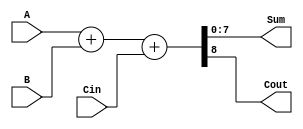
`timescale 1ns / 1ps
//////////////////////////////////////////////////////////////////////////////////
// Company: 
// Engineer: 
// 
// Design Name: 
// Module Name: Adder_8
// Project Name: 
// Target Devices: 
// Tool Versions: 
// Description: 
// 
// Dependencies: 
// 
// Revision:
// Revision 0.01 - File Created
// Additional Comments:
// 
//////////////////////////////////////////////////////////////////////////////////


module Adder_8(
    input [7:0] A,
    input [7:0] B,
    input Cin,
    output [7:0] Sum,
    output Cout
    );
    
    assign {Cout, Sum} = A + B + Cin;
endmodule